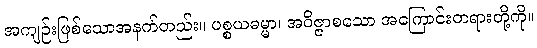
အကျဉ်းဖြစ်သောအနက်တည်း။ ပစ္စယဓမ္မာ၊ အဝိဇ္ဇာစသော အကြောင်းတရားတို့ကို။